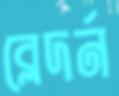
ব্লেদর্ন